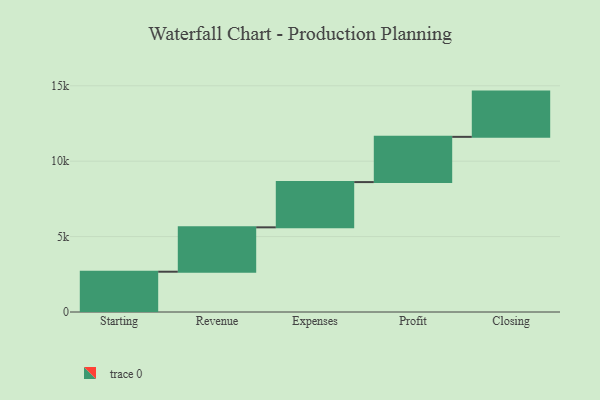
{"axis": {"x": "Step", "y": "Value"}, "legend": [""], "data": [{"x": "Starting", "y": 2671.0, "type": ""}, {"x": "Revenue", "y": 2942.0, "type": ""}, {"x": "Expenses", "y": 3000, "type": ""}, {"x": "Profit", "y": 3000, "type": ""}, {"x": "Closing", "y": 3000, "type": ""}]}